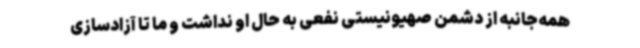
همه‌جانبه از دشمن صهیونیستی نفعی به حال او نداشت و ما تا آزادسازی